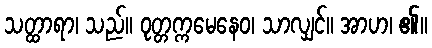
သတ္ထာရာ၊ သည်။ ဝုတ္တက္ကမေနေဝ၊ သာလျှင်။ အာဟ၊ ၏။